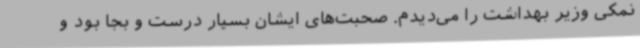
نمکی وزیر بهداشت را می‌دیدم. صحبت‌های ایشان بسیار درست و بجا بود و